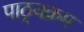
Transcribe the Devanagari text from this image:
पाठ्रयक्रम